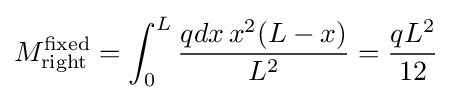
M_{\mathrm {right} }^{\mathrm {fixed} }=\int _{0}^{L}{\frac {qdx\,x^{2}(L-x)}{L^{2}}}={\frac {qL^{2}}{12}}